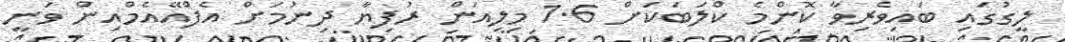
ލީގުގައި ބައިވެރިވާ ކޮންމެ ކްލަބަކަށް 1.6 މިލިއަން ރުފިޔާ ދިނުމަށް އެފްއޭއެމްއިން ވަނީ